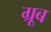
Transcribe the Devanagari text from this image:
ग्रूब